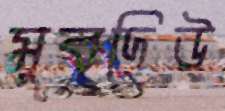
মুবদিউ